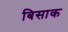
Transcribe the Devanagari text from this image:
बिसाक